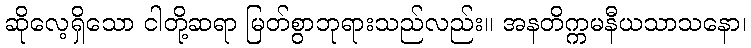
ဆိုလေ့ရှိသော ငါတို့ဆရာ မြတ်စွာဘုရားသည်လည်း။ အနတိက္ကမနီယသာသနော၊